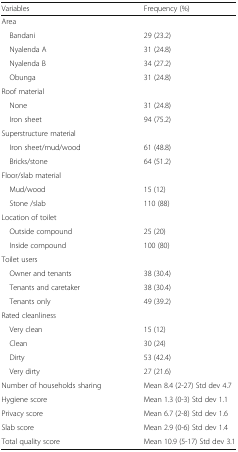
<table><thead><tr><td><b>Variables</b></td><td><b>Frequency (%)</b></td></tr></thead><tbody><tr><td colspan="2">Area</td></tr><tr><td> Bandani</td><td>29 (23.2)</td></tr><tr><td> Nyalenda A</td><td>31 (24.8)</td></tr><tr><td> Nyalenda B</td><td>34 (27.2)</td></tr><tr><td> Obunga</td><td>31 (24.8)</td></tr><tr><td colspan="2">Roof material</td></tr><tr><td> None</td><td>31 (24.8)</td></tr><tr><td> Iron sheet</td><td>94 (75.2)</td></tr><tr><td colspan="2">Superstructure material</td></tr><tr><td> Iron sheet/mud/wood</td><td>61 (48.8)</td></tr><tr><td> Bricks/stone</td><td>64 (51.2)</td></tr><tr><td colspan="2">Floor/slab material</td></tr><tr><td> Mud/wood</td><td>15 (12)</td></tr><tr><td> Stone /slab</td><td>110 (88)</td></tr><tr><td colspan="2">Location of toilet</td></tr><tr><td> Outside compound</td><td>25 (20)</td></tr><tr><td> Inside compound</td><td>100 (80)</td></tr><tr><td colspan="2">Toilet users</td></tr><tr><td> Owner and tenants</td><td>38 (30.4)</td></tr><tr><td> Tenants and caretaker</td><td>38 (30.4)</td></tr><tr><td> Tenants only</td><td>49 (39.2)</td></tr><tr><td colspan="2">Rated cleanliness</td></tr><tr><td> Very clean</td><td>15 (12)</td></tr><tr><td> Clean</td><td>30 (24)</td></tr><tr><td> Dirty</td><td>53 (42.4)</td></tr><tr><td> Very dirty</td><td>27 (21.6)</td></tr><tr><td>Number of households sharing</td><td>Mean 8.4 (2-27) Std dev 4.7</td></tr><tr><td>Hygiene score</td><td>Mean 1.3 (0-3) Std dev 1.1</td></tr><tr><td>Privacy score</td><td>Mean 6.7 (2-8) Std dev 1.6</td></tr><tr><td>Slab score</td><td>Mean 2.9 (0-6) Std dev 1.4</td></tr><tr><td>Total quality score</td><td>Mean 10.9 (5-17) Std dev 3.1</td></tr></tbody></table>